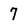
Character: 7